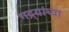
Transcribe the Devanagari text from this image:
गद्र्‍यांच्या